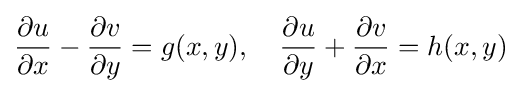
{\frac {\partial u}{\partial x}}-{\frac {\partial v}{\partial y}}=g(x,y),\quad {\frac {\partial u}{\partial y}}+{\frac {\partial v}{\partial x}}=h(x,y)